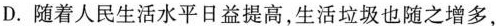
D.随着人民生活水平日益提高，生活垃圾也随之增多